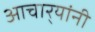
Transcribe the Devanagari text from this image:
आचार्‍यांनी